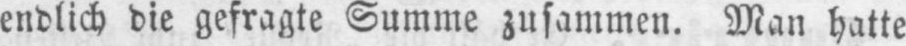
endlich die gefragte Summe zusammen. Man hatte